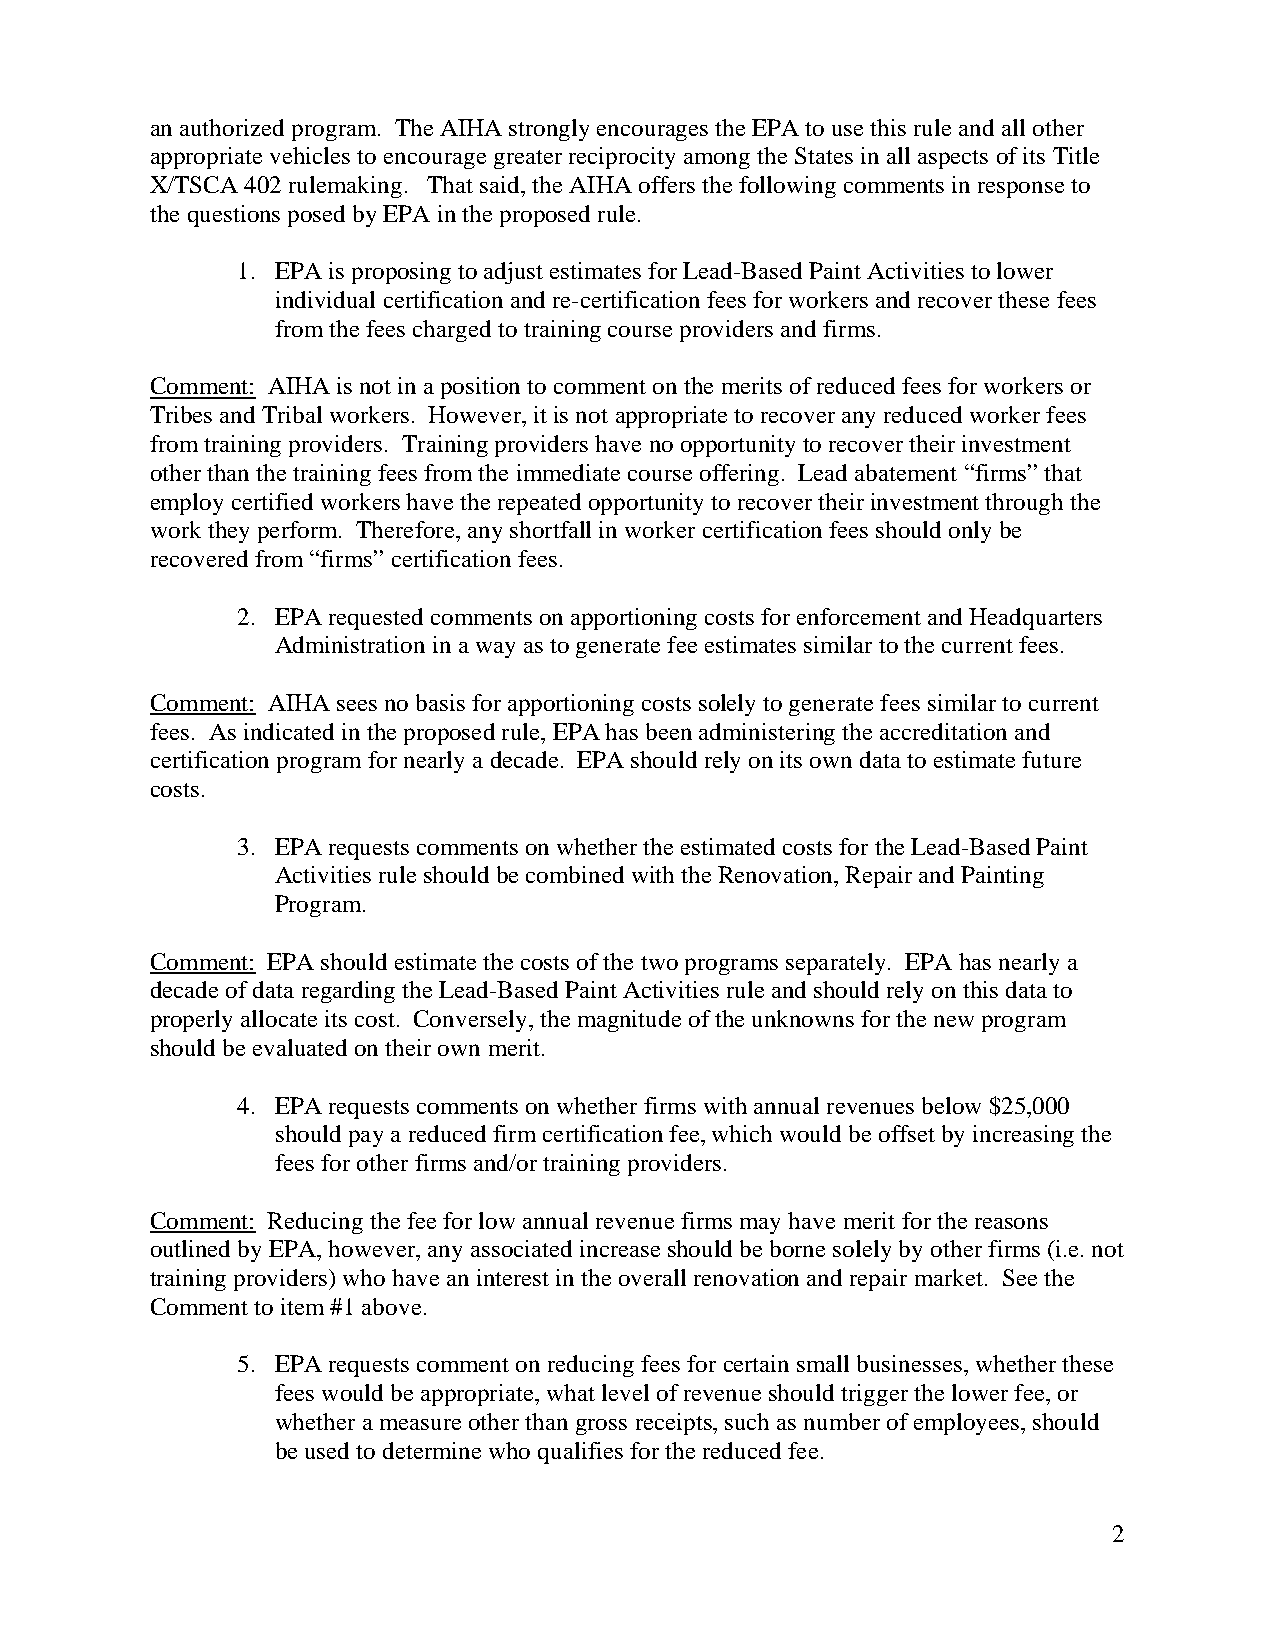
an authorized program. The AIHA strongly encourages the EPA to use this rule and all other
 appropriate vehicles to encourage greater reciprocity among the States in all aspects of its Title
 X/TSCA 402 rulemaking. That said, the AIHA offers the following comments in response to
 the questions posed by EPA in the proposed rule.
 1. EPA is proposing to adjust estimates for Lead-Based Paint Activities to lower
 individual certification and re-certification fees for workers and recover these fees
 from the fees charged to training course providers and firms.
 Comment: AIHA is not in a position to comment on the merits of reduced fees for workers or
 Tribes and Tribal workers. However, it is not appropriate to recover any reduced worker fees
 from training providers. Training providers have no opportunity to recover their investment
 other than the training fees from the immediate course offering. Lead abatement “firms” that
 employ certified workers have the repeated opportunity to recover their investment through the
 work they perform. Therefore, any shortfall in worker certification fees should only be
 recovered from “firms” certification fees.
 2. EPA requested comments on apportioning costs for enforcement and Headquarters
 Administration in a way as to generate fee estimates similar to the current fees.
 Comment: AIHA sees no basis for apportioning costs solely to generate fees similar to current
 fees. As indicated in the proposed rule, EPA has been administering the accreditation and
 certification program for nearly a decade. EPA should rely on its own data to estimate future
 costs.
 3. EPA requests comments on whether the estimated costs for the Lead-Based Paint
 Activities rule should be combined with the Renovation, Repair and Painting
 Program.
 Comment: EPA should estimate the costs of the two programs separately. EPA has nearly a
 decade of data regarding the Lead-Based Paint Activities rule and should rely on this data to
 properly allocate its cost. Conversely, the magnitude of the unknowns for the new program
 should be evaluated on their own merit.
 4. EPA requests comments on whether firms with annual revenues below $25,000
 should pay a reduced firm certification fee, which would be offset by increasing the
 fees for other firms and/or training providers.
 Comment: Reducing the fee for low annual revenue firms may have merit for the reasons
 outlined by EPA, however, any associated increase should be borne solely by other firms (i.e. not
 training providers) who have an interest in the overall renovation and repair market. See the
 Comment to item #1 above.
 5. EPA requests comment on reducing fees for certain small businesses, whether these
 fees would be appropriate, what level of revenue should trigger the lower fee, or
 whether a measure other than gross receipts, such as number of employees, should
 be used to determine who qualifies for the reduced fee.
 2